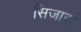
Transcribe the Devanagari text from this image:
सिजारा